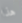
هذا